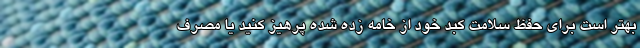
بهتر است برای حفظ سلامت کبد خود از خامه زده شده پرهیز کنید یا مصرف